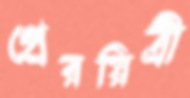
প্রেরয়িত্রী